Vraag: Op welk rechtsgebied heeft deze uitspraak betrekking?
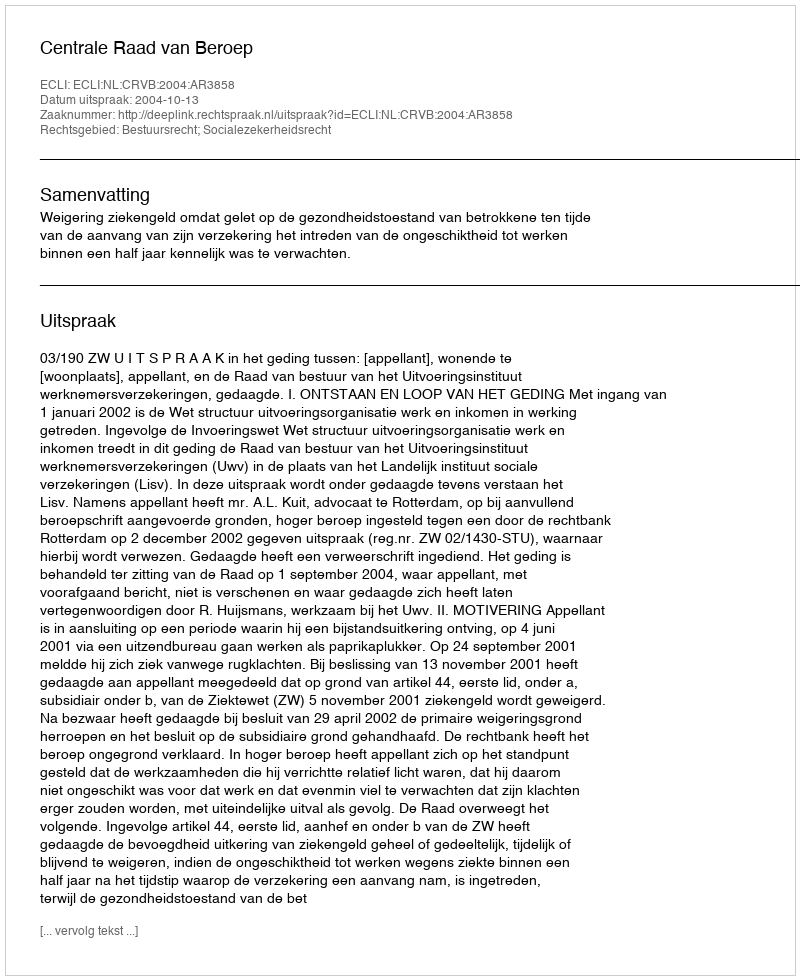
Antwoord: Bestuursrecht; Socialezekerheidsrecht